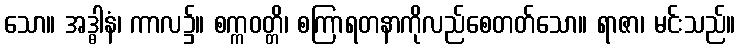
သော။ အဒ္ဓါနံ၊ ကာလ၌။ စက္ကဝတ္တိ၊ စကြာရတနာကိုလည်စေတတ်သော။ ရာဇာ၊ မင်းသည်။